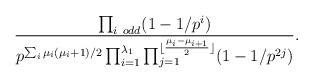
LaTeX: \begin{align*} \frac{\prod_{i \ odd} (1-1/p^i)}{p^{\sum_i \mu_i(\mu_i+1)/2} \prod_{i=1}^{\lambda_1} \prod_{j=1}^{\lfloor \frac{\mu_i - \mu_{i+1}}{2} \rfloor}(1-1/p^{2j})}. \end{align*}